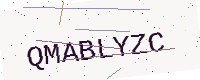
Text: QMABLYZC